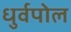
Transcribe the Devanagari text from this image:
धुर्वपोल